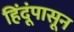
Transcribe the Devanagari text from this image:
हिंदूंपासून